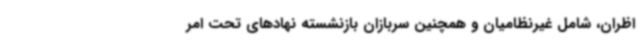
اظران، شامل غیرنظامیان و همچنین سربازان بازنشسته نهادهای تحت امر